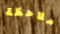
ملاحظة